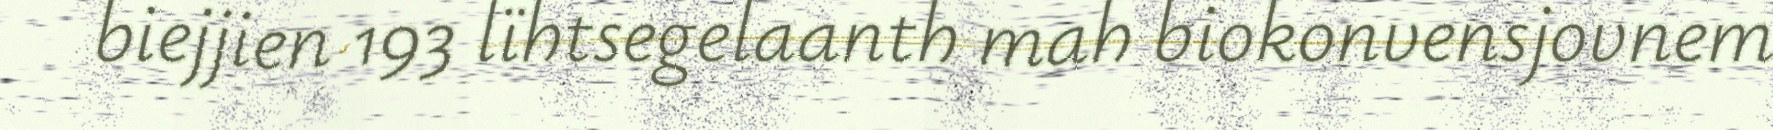
biejjien 193 lïhtsegelaanth mah biokonvensjovnem